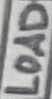
Text: LOAD